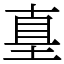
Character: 𡌴